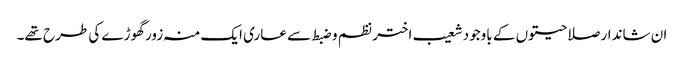
ان شاندار صلاحیتوں کے باوجود شعیب اختر نظم و ضبط سے عاری ایک منہ زور گھوڑے کی طرح تھے۔